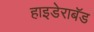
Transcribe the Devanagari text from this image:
हाइडेराबॅड